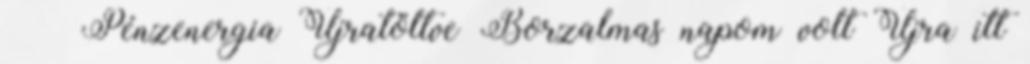
🙂 🙂 Pénzenergia Újratöltve Borzalmas napom volt Újra itt